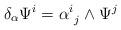
LaTeX: \begin{align*}\delta_{\alpha} \Psi^{i} = \alpha^{i}_{\ j} \wedge \Psi^{j}\end{align*}